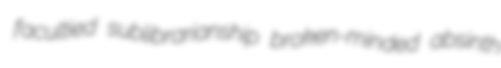
facultied sublibrarianship broken-minded absinth